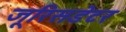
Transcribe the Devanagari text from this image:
जूरिसडेटर